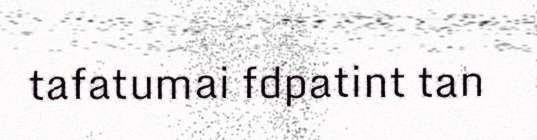
tafatumai fdpatint tan